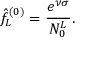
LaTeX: \hat { f } _ { L } ^ { ( 0 ) } = \frac { e ^ { \nu \sigma } } { N _ { 0 } ^ { L } } .